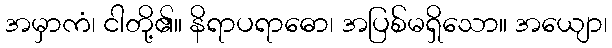
အမှာကံ၊ ငါတို့၏။ နိရာပရာဓော၊ အပြစ်မရှိသော။ အယျော၊